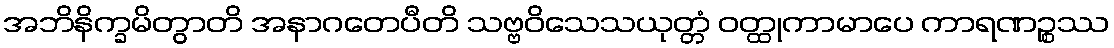
အဘိနိက္ခမိတွာတိ အနာဂတေပီတိ သဗ္ဗဝိသေသယုတ္တံ ဝတ္ထုကာမာပေ ကာရဏဉ္စဿ